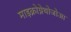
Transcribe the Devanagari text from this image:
माइक्रोग्नेथोजोआ